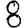
Digit: 8